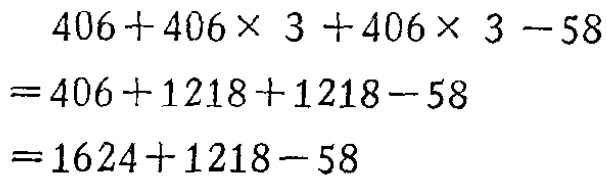
\[
\begin{align*}
&406 + 406\times3+406\times3 - 58\\
=&406 + 1218+1218 - 58\\
=&1624+1218 - 58
\end{align*}
\]